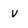
Character: v